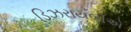
ડિઝરાયલીએ